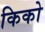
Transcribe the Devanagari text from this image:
किको